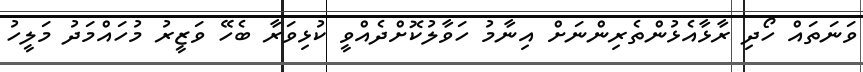
ވަނަތައް ހޯދި ރާޅާއެޅުންތެރިންނަށް އިނާމު ހަވާލުކޮށްދެއްވީ ކުޅިވަރާ ބެހޭ ވަޒީރު މުހައްމަދު މަލީހު